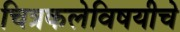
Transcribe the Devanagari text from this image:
चित्रकलेविषयीचे